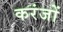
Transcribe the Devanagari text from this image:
करंजों